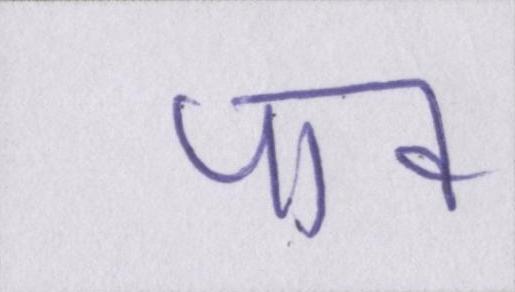
पाव